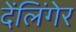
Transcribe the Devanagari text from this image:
देंलिंगेर